Indian journal of veterinary science and animal husbandry - Volume 11,
Year: 1941
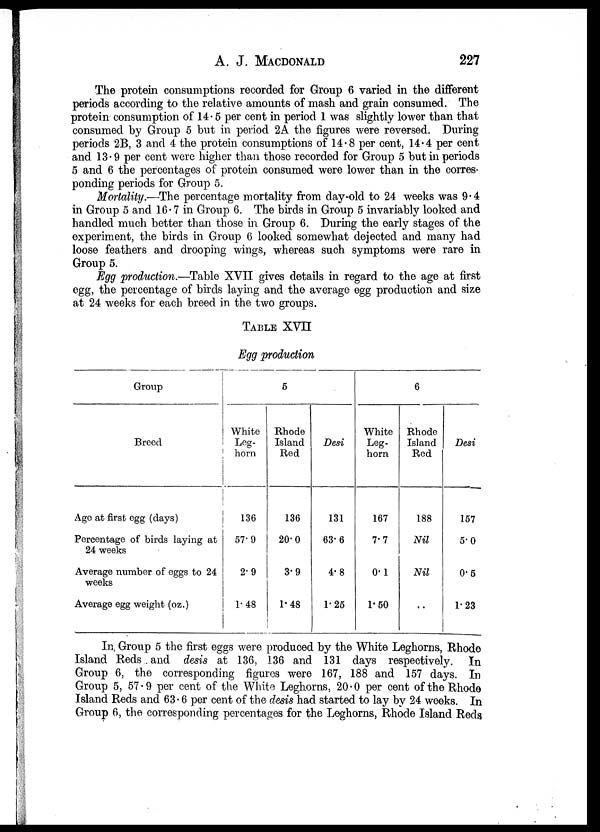
A. J.
MACDONALD
227
The protein consumptions recorded for Group 6 varied in the different
periods according to the relative amounts of mash and grain consumed. The
protein consumption of 14. 5 per cent in period 1 was slightly lower than that
consumed by Group 5 but in period 2A the figures were reversed. During
periods 2B, 3 and 4 the protein consumptions of 14.8 per cent, 14.4 per cent
and 13.9 per cent were higher than those recorded for Group 5 but in periods
5 and 6 the percentages of protein consumed were lower than in the corres-
ponding periods for Group 5.
Mortality.—The percentage mortality from day-old to 24 weeks was 9.4
in Group 5 and 16. 7 in Group 6. The birds in Group 5 invariably looked and
handled much better than those in Group 6. During the early stages of the
experiment, the birds in Group 6 looked somewhat dejected and many had
loose feathers and drooping wings, whereas such symptoms were rare in
Group 5.
Egg production.—Table XVII gives details in regard to the age at first
egg, the percentage of birds laying and the average egg production and size
at 24 weeks for each breed in the two groups.
TABLE XVII
Egg production
Group
Breed
Age at first egg (days)
Percentage of birds laying at
24 weeks
Average number of eggs to 24
weeks
Average egg weight (oz.)
5
White
Leg-
horn
136
57.9
2.9
1.48
Rhode
Island
Red
136
20.0
3.9
1.48
Desi
131
63.6
4.8
1.25
6
White
Leg-
horn
167
7.7
0.1
1.50
Rhode
Island
Red
188
Nil
Nil
..
Desi
157
5.0
0.5
1.23
In Group 5 the first eggs were produced by the White Leghorns, Rhode
Island Reds and desis at 136, 136 and 131 days respectively. In
Group 6, the corresponding figures were 167, 188 and 157 days. In
Group 5, 57.9 per cent of the White Leghorns, 20.0 per cent of the Rhode
Island Reds and 63.6 per cent of the desis had started to lay by 24 weeks. In
Group 6, the corresponding percentages for the Leghorns, Rhode Island Reds